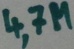
Text: 4,7M